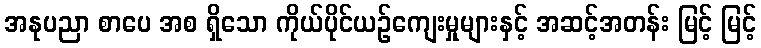
အနုပညာ စာပေ အစ ရှိသော ကိုယ်ပိုင်ယဉ်ကျေးမှုများနှင့် အဆင့်အတန်း မြင့် မြင့်